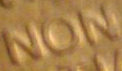
NON